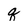
Character: q